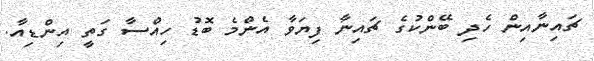
ޗައިނާއިން ހެދި ބޭންކުގެ ޗައިނާ ފިޔަވާ އެންމެ ބޮޑު ހިއްސާ ގަތީ އިންޑިއާ.